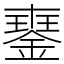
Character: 䥅